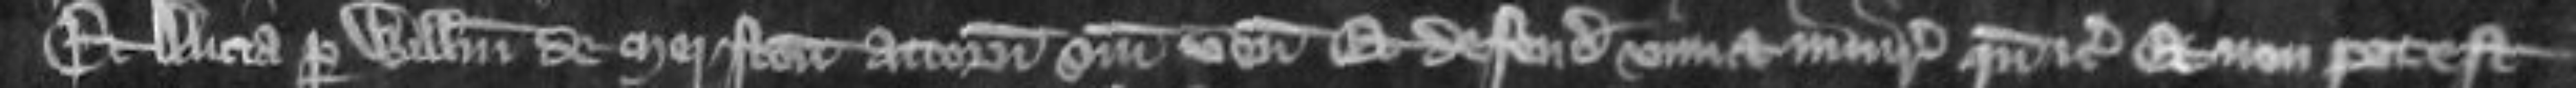
Et Alicia per Willemum de Merston attornatum suum venit et defendit vim et injuriam quando etc Et non potest